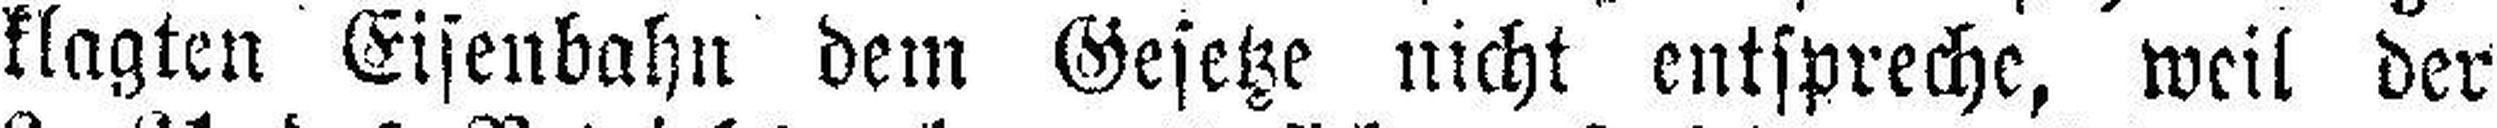
klagten Eisenbahn dem Gesetze nicht entspreche, weil der